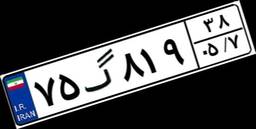
۴۶گ۱۶۱۴۷